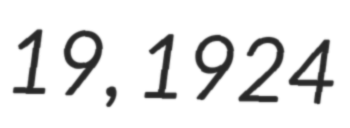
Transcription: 19, 1924